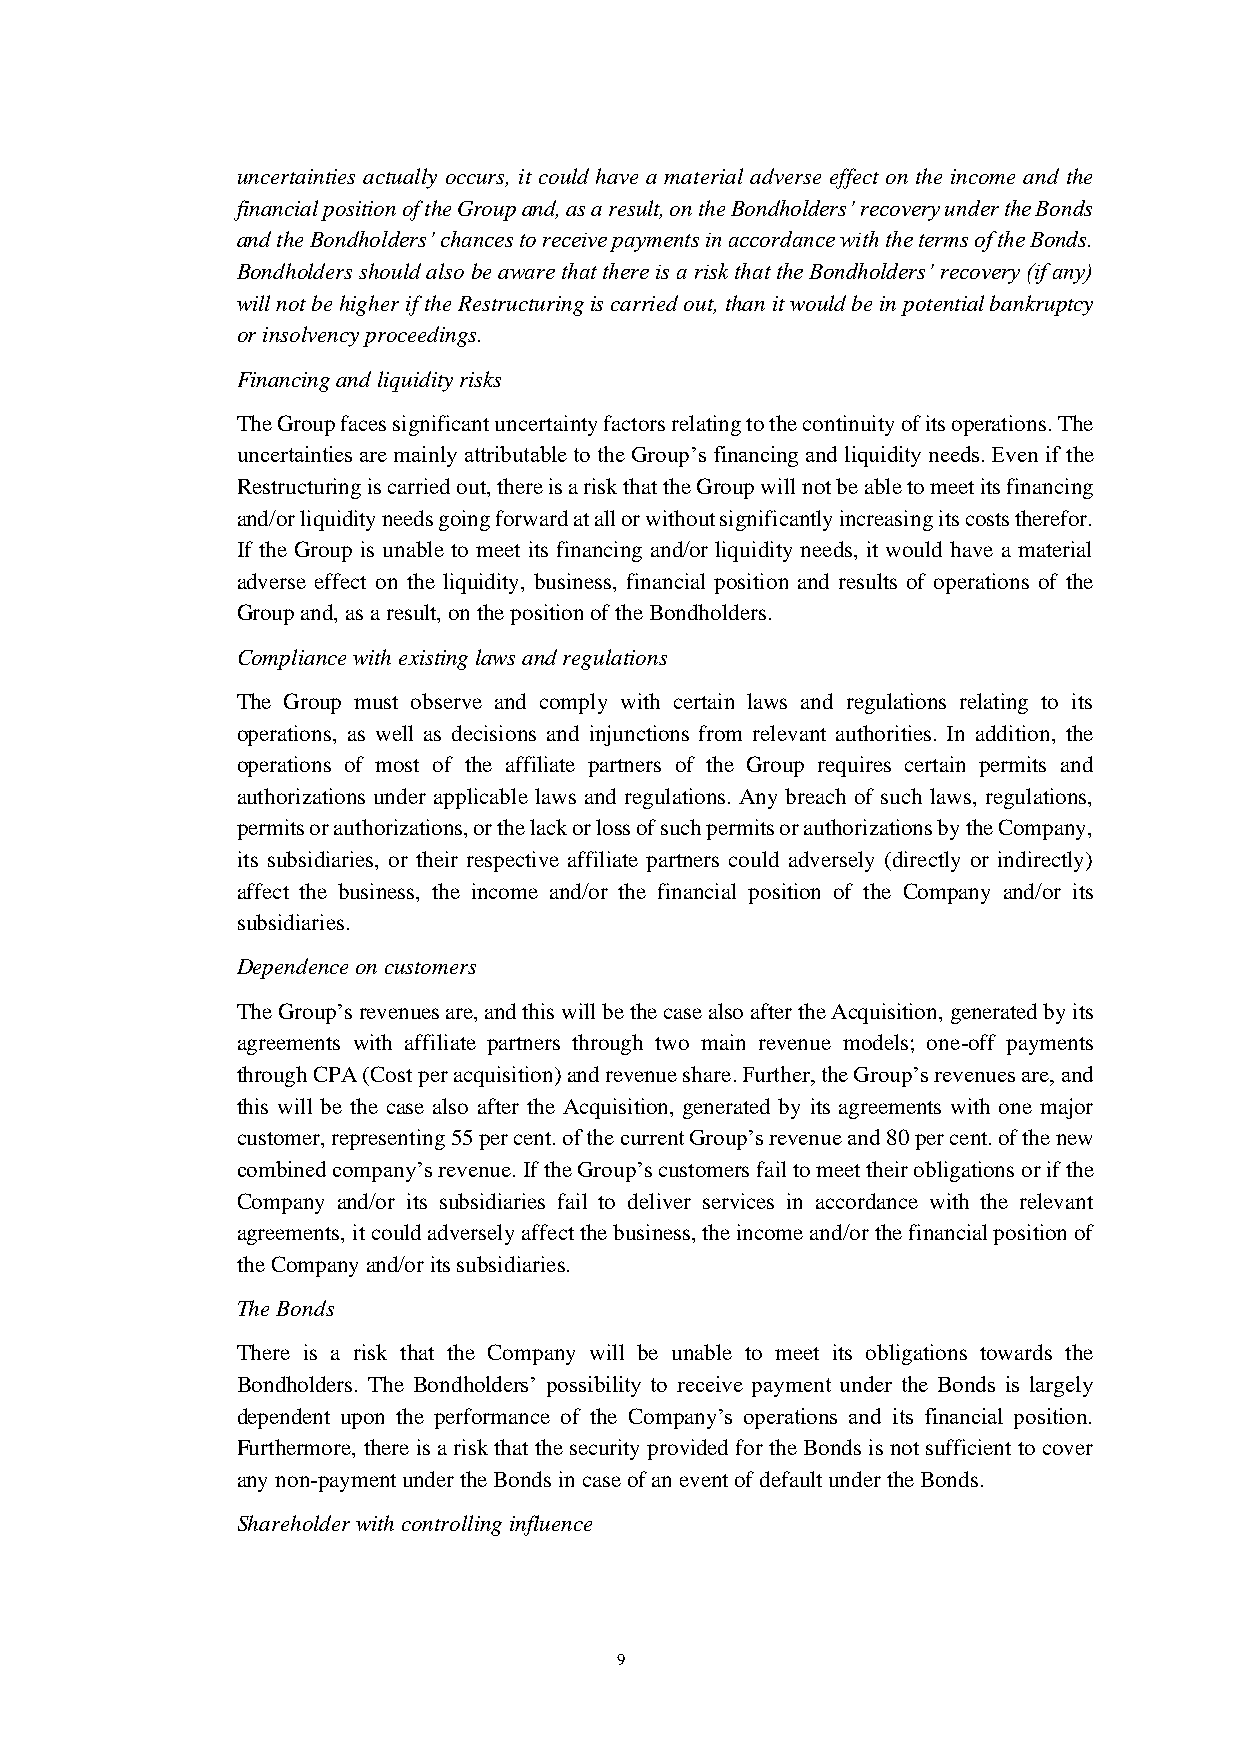
uncertainties actually occurs, it could have a material adverse effect on the income and the
 financial position of the Group and, as a result, on the Bondholders’ recovery under the Bonds
 and the Bondholders’ chances to receive payments in accordance with the terms of the Bonds.
 Bondholders should also be aware that there is a risk that the Bondholders’ recovery (if any)
 will not be higher if the Restructuring is carried out, than it would be in potential bankruptcy
 or insolvency proceedings.
 Financing and liquidity risks
 The Group faces significant uncertainty factors relating to the continuity of its operations. The
 uncertainties are mainly attributable to the Group’s financing and liquidity needs. Even if the
 Restructuring is carried out, there is a risk that the Group will not be able to meet its financing
 and/or liquidity needs going forward at all or without significantly increasing its costs therefor.
 If the Group is unable to meet its financing and/or liquidity needs, it would have a material
 adverse effect on the liquidity, business, financial position and results of operations of the
 Group and, as a result, on the position of the Bondholders.
 Compliance with existing laws and regulations
 The Group must observe and comply with certain laws and regulations relating to its
 operations, as well as decisions and injunctions from relevant authorities. In addition, the
 operations of most of the affiliate partners of the Group requires certain permits and
 authorizations under applicable laws and regulations. Any breach of such laws, regulations,
 permits or authorizations, or the lack or loss of such permits or authorizations by the Company,
 its subsidiaries, or their respective affiliate partners could adversely (directly or indirectly)
 affect the business, the income and/or the financial position of the Company and/or its
 subsidiaries.
 Dependence on customers
 The Group’s revenues are, and this will be the case also after the Acquisition, generated by its
 agreements with affiliate partners through two main revenue models; one-off payments
 through CPA (Cost per acquisition) and revenue share. Further, the Group’s revenues are, and
 this will be the case also after the Acquisition, generated by its agreements with one major
 customer, representing 55 per cent. of the current Group’s revenue and 80 per cent. of the new
 combined company’s revenue. If the Group’s customers fail to meet their obligations or if the
 Company and/or its subsidiaries fail to deliver services in accordance with the relevant
 agreements, it could adversely affect the business, the income and/or the financial position of
 the Company and/or its subsidiaries.
 The Bonds
 There is a risk that the Company will be unable to meet its obligations towards the
 Bondholders. The Bondholders’ possibility to receive payment under the Bonds is largely
 dependent upon the performance of the Company’s operations and its financial position.
 Furthermore, there is a risk that the security provided for the Bonds is not sufficient to cover
 any non-payment under the Bonds in case of an event of default under the Bonds.
 Shareholder with controlling influence
 9